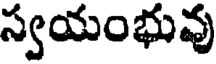
స్వయంభువు